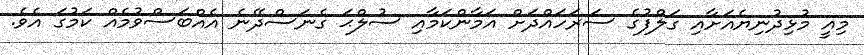
މިއީ މުޅިދުނިޔެއަށާއި ގަލްފުގެ ސަރަހައްދަށް އަމާންކަމާއި ސުލްޙަ ގެނަސްދޭނެ އެއްބަސްވުމެއް ކަމުގަ އެވެ.